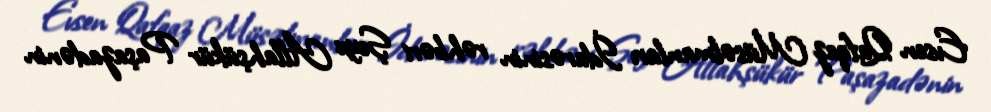
Evsen Qafqaz Müsəlmanları İdarəsinin rəhbəri Şeyx Allahşükür Paşazadənin